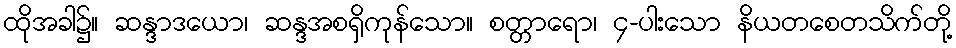
ထိုအခါ၌။ ဆန္ဒာဒယော၊ ဆန္ဒအစရှိကုန်သော။ စတ္တာရော၊ ၄-ပါးသော နိယတစေတသိက်တို့